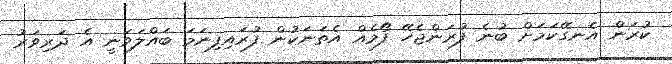
ކުރަން އެނގޭކަމަށް ބުނެ ފުރަންޖެހޭ ފޯމެއް އެތަނަކުން ފުރައިފިނަމަ ބައްލަވަނީ އެ ދަރިވަރު